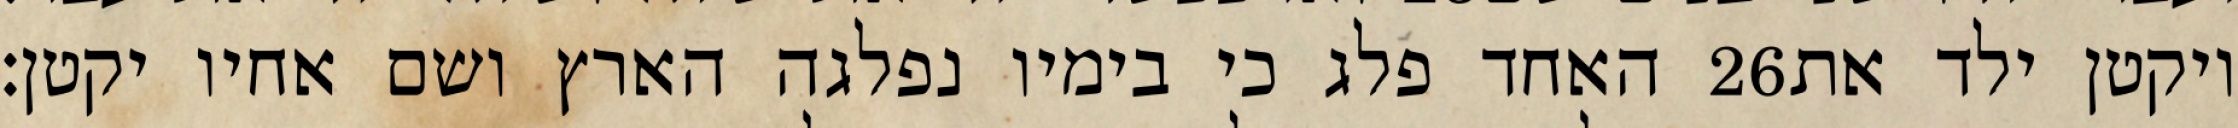
האחד פלג כי בימיו נפלגה הארץ ושם אחיו יקטן׃ ‎26‏ ויקטן ילד את